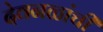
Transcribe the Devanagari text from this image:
देवनळांची